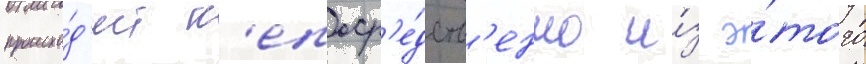
происхо́д'ит н'епоср'е́дств'енно и́з э́того